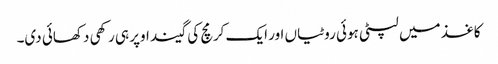
کاغذ میں لپٹی ہوئی روٹیاں اور ایک کرمچ کی گیند اوپر ہی رکھی دکھائی دی۔